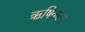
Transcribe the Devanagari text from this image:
ऋषिकल्प